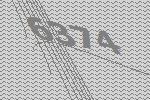
6374